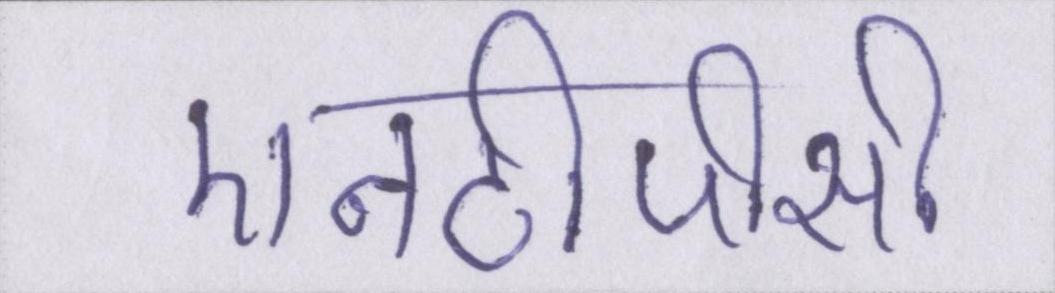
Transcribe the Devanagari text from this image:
एनटीपीसी